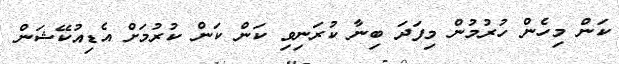
ކަން މިހެން ހުރުމުން މިފަދަ ބިނާ ކުރަނިވި ކަން ކަން ކުރުމަށް އެޑިއުކޭޝަން